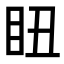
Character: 𥄨